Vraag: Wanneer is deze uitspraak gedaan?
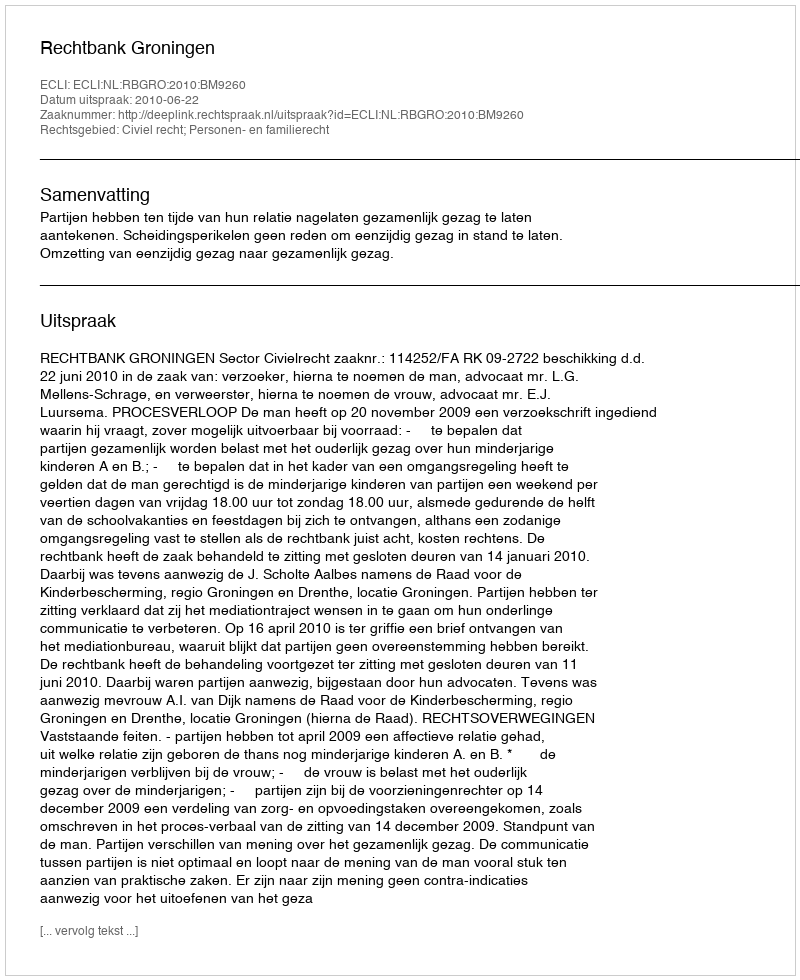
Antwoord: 2010-06-22